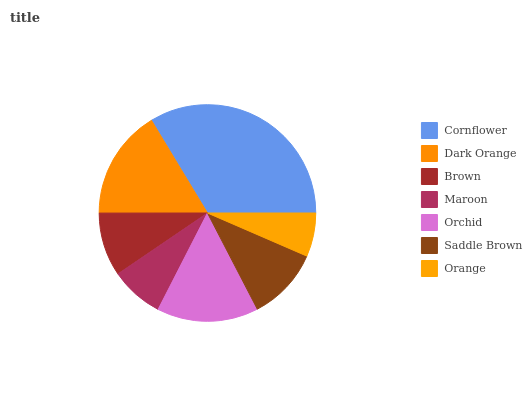
| Cornflower | Dark Orange | Brown | Maroon | Orchid | Saddle Brown | Orange |
 | --- | --- | --- | --- | --- | --- | --- |
 | 33.6% | 16.4% | 9.5% | 7.96% | 15.1% | 10.9% | 6.51% |